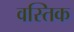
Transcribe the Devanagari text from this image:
वस्तिक